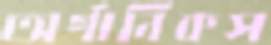
অর্গানিকস